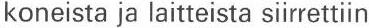
koneista ja laitteista siirrettiin